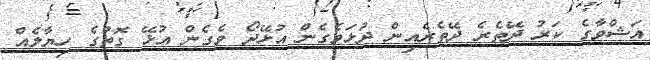
އަޝްވާގެ ކަރު ދޭތެރެ ދޭތެރެއިން ދުޅަވެގެން އުޅޭދޯ ވެގެން އުޅޭ ގޮތުގެ ހިޔާލެއް